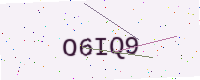
Text: O6IQ9